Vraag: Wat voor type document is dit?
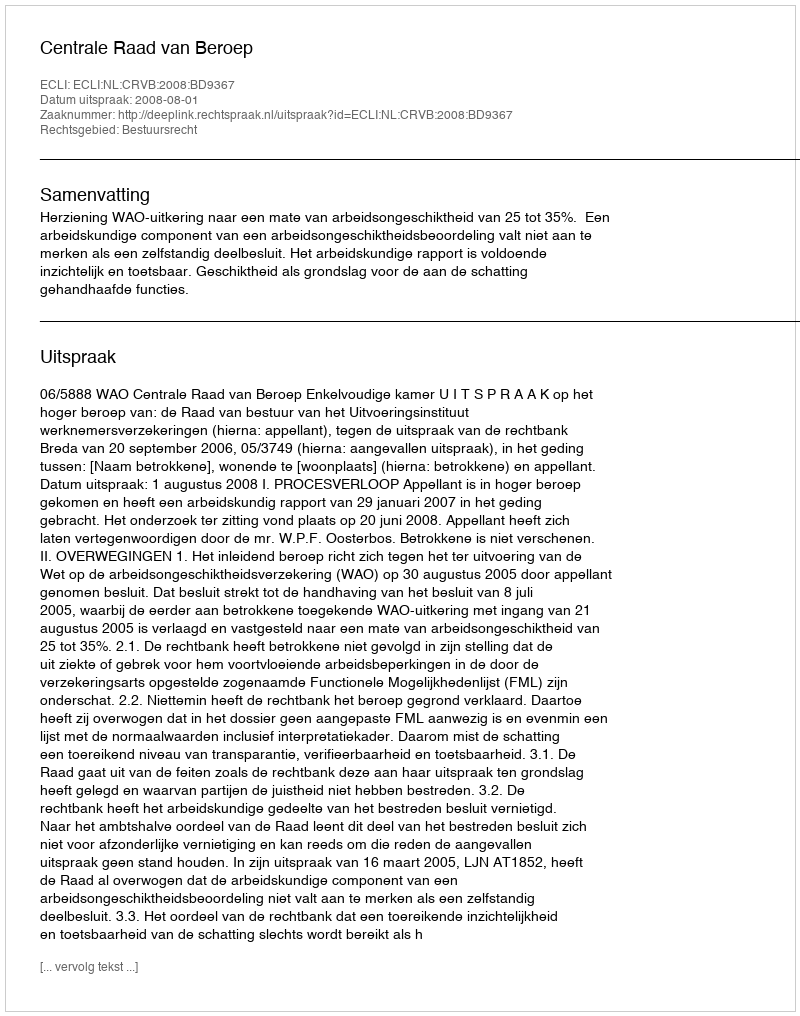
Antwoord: Uitspraak